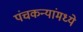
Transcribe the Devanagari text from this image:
पंचकन्यांमध्ये